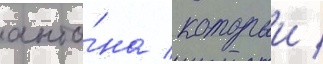
анто́на / которыи /